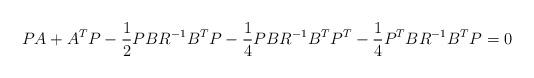
LaTeX: \begin{align*} PA+A^TP-\frac{1}{2} PBR^{-1}B^{T}P -\frac{1}{4} PBR^{-1}B^{T}P^T - \frac{1}{4} P^TBR^{-1}B^{T}P = 0\end{align*}